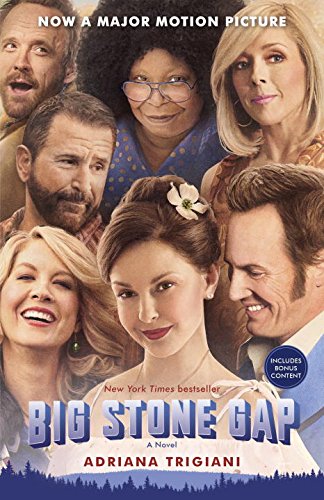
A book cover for Big Stone Gap (Movie Tie-in Edition): A Novel; Adriana Trigiani; Literature & Fiction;